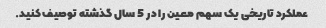
عملکرد تاریخی یک سهم معین را در 5 سال گذشته توصیف کنید.